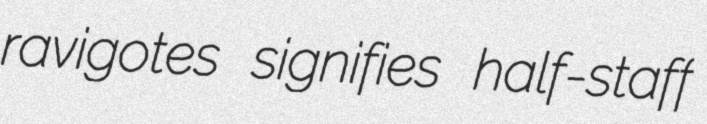
ravigotes signifies half-staff